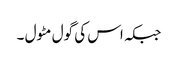
جبکہ اس کی گول مٹول ۔